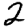
Digit: 2